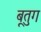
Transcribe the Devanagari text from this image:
बूतुग